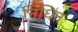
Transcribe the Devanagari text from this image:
निधित